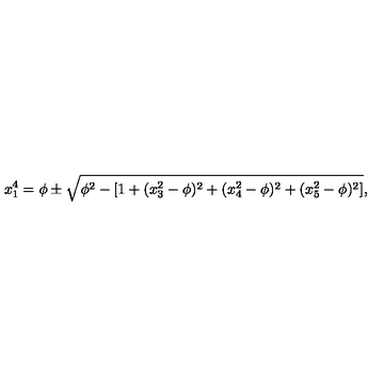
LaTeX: x _ { 1 } ^ { 4 } = \phi \pm \sqrt { \phi ^ { 2 } - [ 1 + ( x _ { 3 } ^ { 2 } - \phi ) ^ { 2 } + ( x _ { 4 } ^ { 2 } - \phi ) ^ { 2 } + ( x _ { 5 } ^ { 2 } - \phi ) ^ { 2 } ] } ,